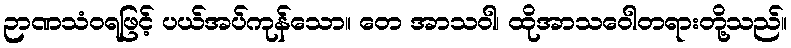
ဉာဏသံဝရဖြင့် ပယ်အပ်ကုန်သော။ တေ အာသဝါ၊ ထိုအာသဝေါတရားတို့သည်။